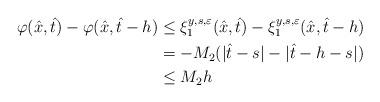
LaTeX: \begin{align*}\varphi(\hat{x},\hat{t})-\varphi(\hat{x},\hat{t}-h)&\le\xi_1^{y,s,\varepsilon}(\hat{x},\hat{t})-\xi_1^{y,s,\varepsilon}(\hat{x},\hat{t}-h)\\&= -M_2(|\hat{t}-s|-|\hat{t}-h-s|)\\&\le M_2h\end{align*}